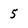
Character: 5